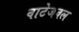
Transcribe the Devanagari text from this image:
वाटेजवल